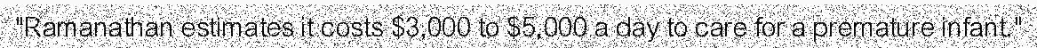
"Ramanathan estimates it costs $3,000 to $5,000 a day to care for a premature infant."